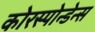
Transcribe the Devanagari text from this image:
कोरस्पोन्डेन्स